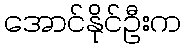
အောင်နိုင်ဦးက